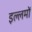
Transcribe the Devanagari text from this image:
इल्लमों